Plague in India, 1896, 1897 - Volume 3
Year: 1896
Disease focus: Plague
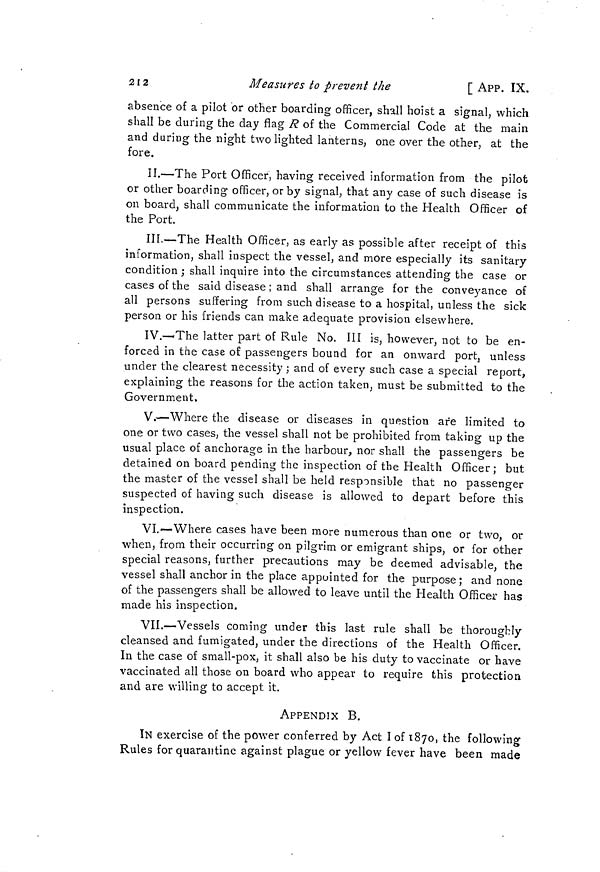
212
Measures to prevent the
[ APP. IX.
absence of a pilot or other boarding officer, shall hoist a signal, which
shall be during the day flag R of the Commercial Code at the main
and during the night two lighted lanterns, one over the other, at the
fore.
II.—The Port Officer, having received information from the pilot
or other boarding officer, or by signal, that any case of such disease is
on board, shall communicate the information to the Health Officer of
the Port.
III.—The Health Officer, as early as possible after receipt of this
information, shall inspect the vessel, and more especially its sanitary
condition; shall inquire into the circumstances attending the case or
cases of the said disease ; and shall arrange for the conveyance of
all persons suffering from such disease to a hospital, unless the sick
person or his friends can make adequate provision elsewhere.
IV.—-The latter part of Rule No. III is, however, not to be en-
forced in the case of passengers bound for an onward port, unless
under the clearest necessity ; and of every such case a special report,
explaining the reasons for the action taken, must be submitted to the
Government,
V.—Where the disease or diseases in question are limited to
one or two cases, the vessel shall not be prohibited from taking up the
usual place of anchorage in the harbour, nor shall the passengers be
detained on board pending the inspection of the Health Officer; but
the master of the vessel shall be held responsible that no passenger
suspected of having such disease is allowed to depart before this
inspection.
VI.—Where cases have been more numerous than one or two, or
when, from their occurring on pilgrim or emigrant ships, or for other
special reasons, further precautions may be deemed advisable, the
vessel shall anchor in the place appointed for the purpose ; and none
of the passengers shall be allowed to leave until the Health Officer has
made his inspection.
VII.—Vessels coming under this last rule shall be thoroughly
cleansed and fumigated, under the directions of the Health Officer.
In the case of small-pox, it shall also be his duty to vaccinate or have
vaccinated all those on board who appear to require this protection
and are willing to accept it.
APPENDIX B.
IN exercise of the power conferred by Act I of 1870, the following
Rules for quarantine against plague or yellow fever have been made